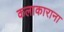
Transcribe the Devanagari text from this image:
कलाकाराना